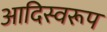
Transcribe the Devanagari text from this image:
आदिस्वरूप